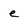
Character: e